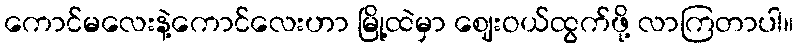
ကောင်မလေးနဲ့ကောင်လေးဟာ မြို့ထဲမှာ ဈေးဝယ်ထွက်ဖို့ လာကြတာပါ။